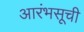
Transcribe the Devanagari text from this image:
आरंभसूची